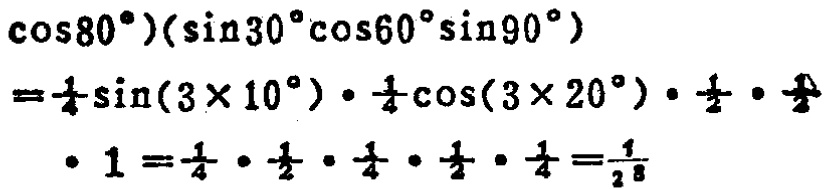
\(\cos80^{\circ})(\sin30^{\circ}\cos60^{\circ}\sin90^{\circ})\\

=\frac{1}{4}\sin(3\times 10^{\circ})\cdot\frac{1}{4}\cos(3\times 20^{\circ})\cdot\frac{1}{2}\cdot\frac{1}{2}\\

\cdot 1=\frac{1}{4}\cdot\frac{1}{2}\cdot\frac{1}{4}\cdot\frac{1}{2}\cdot\frac{1}{4}=\frac{1}{2^8}\)